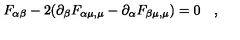
F _ { \alpha \beta } - 2 ( \partial _ { \beta } F _ { \alpha \mu , \mu } - \partial _ { \alpha } F _ { \beta \mu , \mu } ) = 0 \quad ,